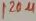
Text: 120µ